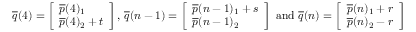
\overline { { q } } ( 4 ) = \left[ \begin{array} { l } { \overline { { p } } ( 4 ) _ { 1 } } \\ { \overline { { p } } ( 4 ) _ { 2 } + t } \end{array} \right] \mathrm { , ~ } \overline { { q } } ( n - 1 ) = \left[ \begin{array} { l } { \overline { { p } } ( n - 1 ) _ { 1 } + s } \\ { \overline { { p } } ( n - 1 ) _ { 2 } } \end{array} \right] \mathrm { ~ a n d ~ } \overline { { q } } ( n ) = \left[ \begin{array} { l } { \overline { { p } } ( n ) _ { 1 } + r } \\ { \overline { { p } } ( n ) _ { 2 } - r } \end{array} \right]